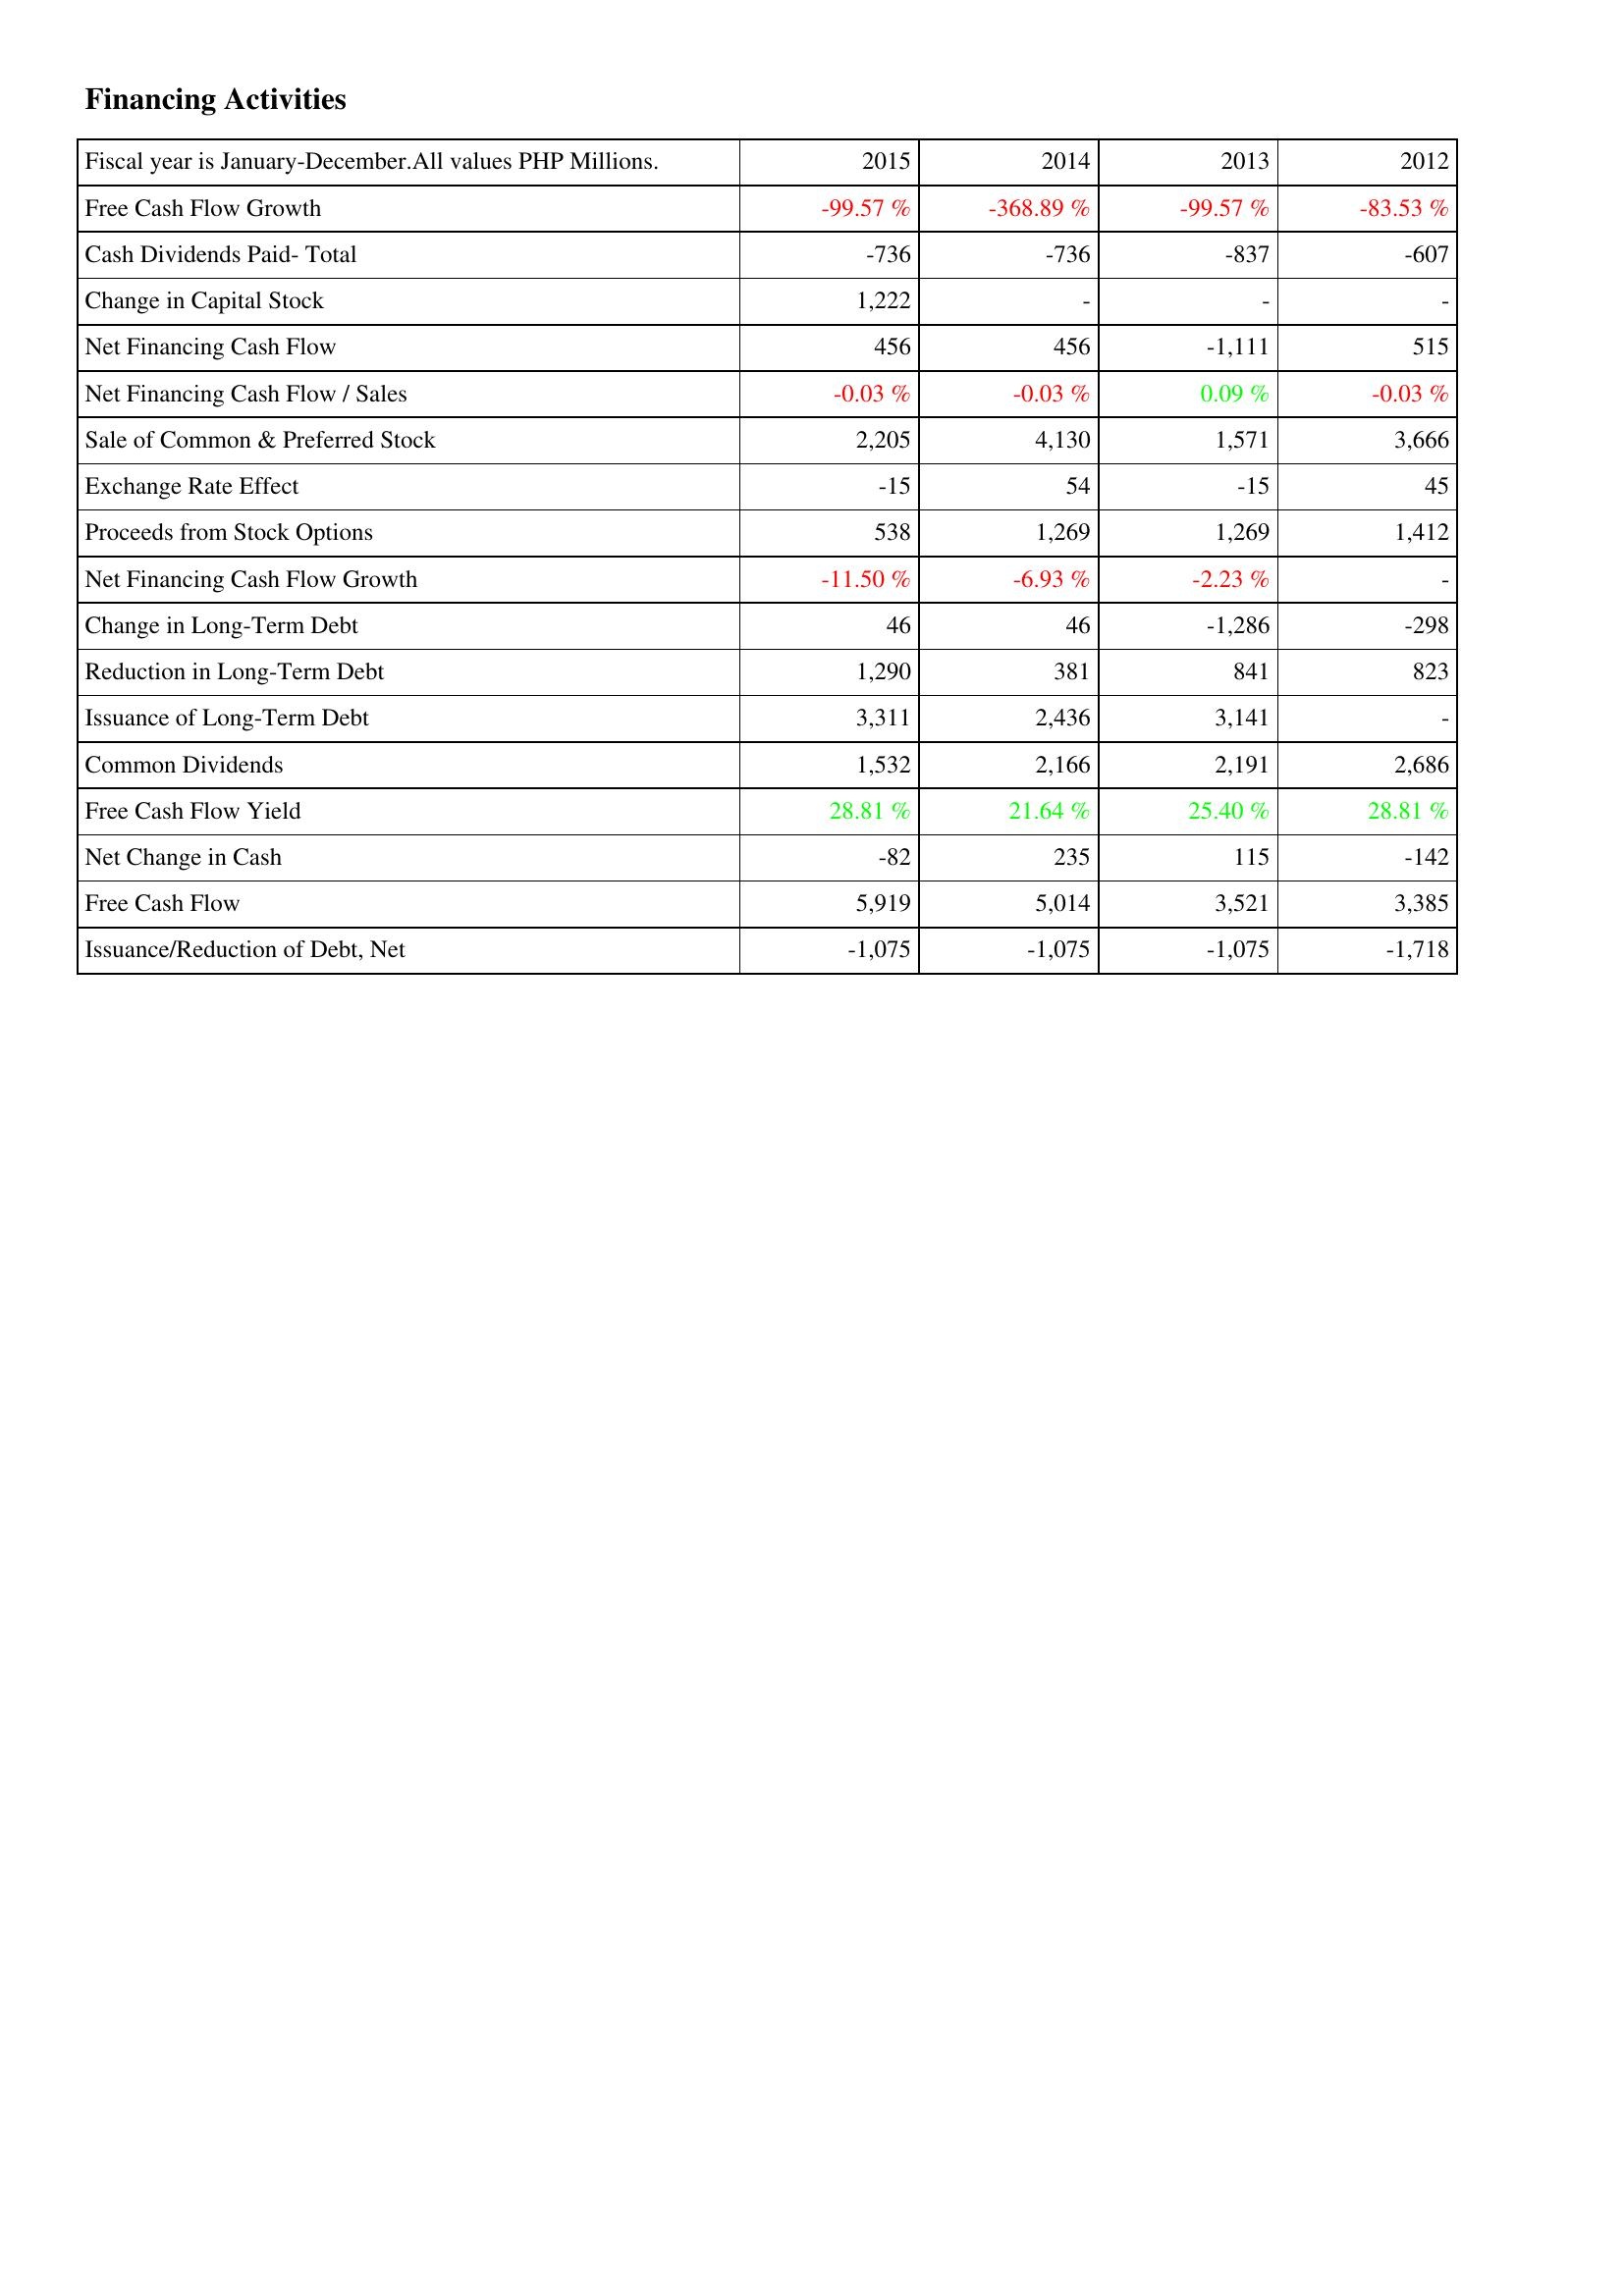
2015: Financing Activities: Free Cash Flow Growth: -99.57 %
Cash Dividends Paid- Total: -736
Change in Capital Stock: 1,222
Net Financing Cash Flow: 456
Net Financing Cash Flow / Sales: -0.03 %
Sale of Common & Preferred Stock: 2,205
Exchange Rate Effect: -15
Proceeds from Stock Options: 538
Net Financing Cash Flow Growth: -11.50 %
Change in Long-Term Debt: 46
Reduction in Long-Term Debt: 1,290
Issuance of Long-Term Debt: 3,311
Common Dividends: 1,532
Free Cash Flow Yield: 28.81 %
Net Change in Cash: -82
Free Cash Flow: 5,919
Issuance/Reduction of Debt, Net: -1,075
2014: Financing Activities: Free Cash Flow Growth: -368.89 %
Cash Dividends Paid- Total: -736
Change in Capital Stock: -
Net Financing Cash Flow: 456
Net Financing Cash Flow / Sales: -0.03 %
Sale of Common & Preferred Stock: 4,130
Exchange Rate Effect: 54
Proceeds from Stock Options: 1,269
Net Financing Cash Flow Growth: -6.93 %
Change in Long-Term Debt: 46
Reduction in Long-Term Debt: 381
Issuance of Long-Term Debt: 2,436
Common Dividends: 2,166
Free Cash Flow Yield: 21.64 %
Net Change in Cash: 235
Free Cash Flow: 5,014
Issuance/Reduction of Debt, Net: -1,075
2013: Financing Activities: Free Cash Flow Growth: -99.57 %
Cash Dividends Paid- Total: -837
Change in Capital Stock: -
Net Financing Cash Flow: -1,111
Net Financing Cash Flow / Sales: 0.09 %
Sale of Common & Preferred Stock: 1,571
Exchange Rate Effect: -15
Proceeds from Stock Options: 1,269
Net Financing Cash Flow Growth: -2.23 %
Change in Long-Term Debt: -1,286
Reduction in Long-Term Debt: 841
Issuance of Long-Term Debt: 3,141
Common Dividends: 2,191
Free Cash Flow Yield: 25.40 %
Net Change in Cash: 115
Free Cash Flow: 3,521
Issuance/Reduction of Debt, Net: -1,075
2012: Financing Activities: Free Cash Flow Growth: -83.53 %
Cash Dividends Paid- Total: -607
Change in Capital Stock: -
Net Financing Cash Flow: 515
Net Financing Cash Flow / Sales: -0.03 %
Sale of Common & Preferred Stock: 3,666
Exchange Rate Effect: 45
Proceeds from Stock Options: 1,412
Net Financing Cash Flow Growth: -
Change in Long-Term Debt: -298
Reduction in Long-Term Debt: 823
Issuance of Long-Term Debt: -
Common Dividends: 2,686
Free Cash Flow Yield: 28.81 %
Net Change in Cash: -142
Free Cash Flow: 3,385
Issuance/Reduction of Debt, Net: -1,718